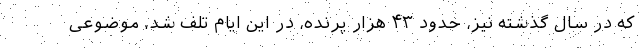
که در سال گذشته نیز، حدود ۴۳ هزار پرنده، در این ایام تلف شد، موضوعی